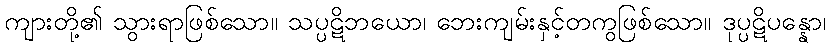
ကျားတို့၏ သွားရာဖြစ်သော။ သပ္ပဋိဘယော၊ ဘေးကျမ်းနှင့်တကွဖြစ်သော။ ဒုပ္ပဋိပန္နော၊